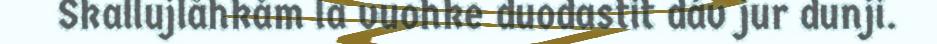
Skallujlåhkåm la vuohke duodastit dáv jur dunji.